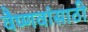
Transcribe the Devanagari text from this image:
वैष्णवांसाठी